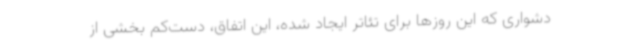
دشواری که این روزها برای تئاتر ایجاد شده، این اتفاق، دست‌کم بخشی از